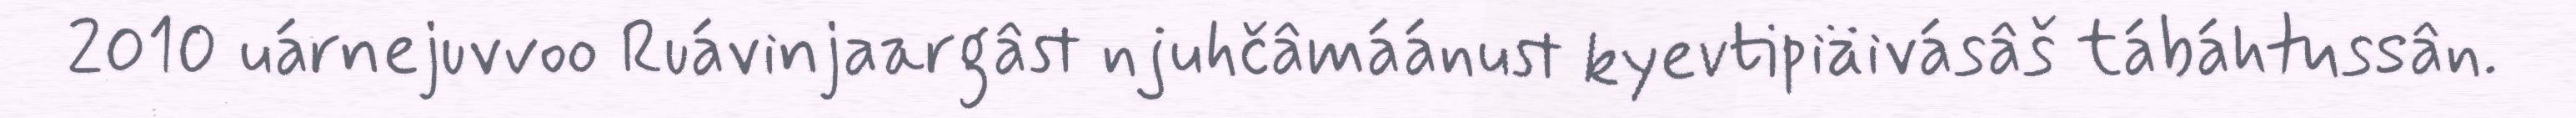
2010 uárnejuvvoo Ruávinjaargâst njuhčâmáánust kyevtipiäivásâš tábáhtussân.